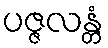
ပဇ္ဇလန္တံ